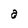
Character: a